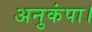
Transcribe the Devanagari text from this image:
अनुकंपा।